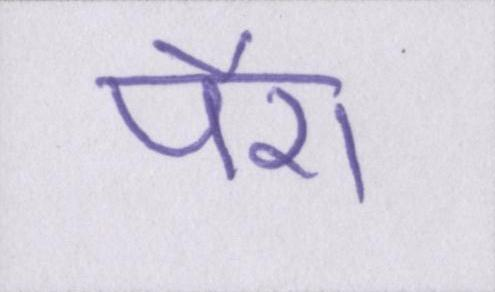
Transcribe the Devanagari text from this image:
पैरा